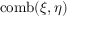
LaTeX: \operatorname { c o m b } ( \xi , \eta )